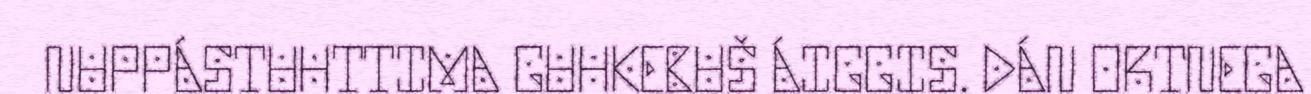
NUPPÁSTUHTTIMA GUHKEBUŠ ÁIGGIS. DÁN ORTNEGA